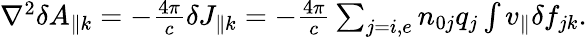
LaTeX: \begin{array}{r}{\nabla^{2}\delta A_{\parallel{k}}=-\frac{4\pi}{c}\delta J_{\parallel{k}}=-\frac{4\pi}{c}\sum_{j=i,e}n_{0j}q_{j}\int v_{\parallel}\delta f_{j{k}}.}\end{array}